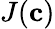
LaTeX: J(\mathbf{c})